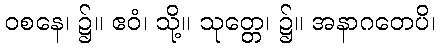
ဝစနေ၊ ၌။ ဧဝံ၊ သို့။ သုတ္တေ၊ ၌။ အနာဂတေပိ၊